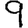
Digit: 9